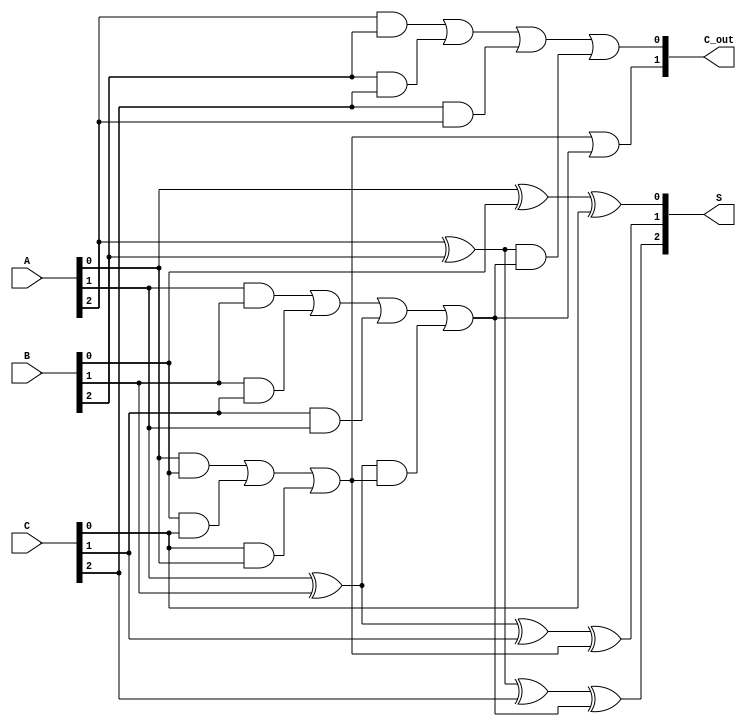
module CarrySaveAdder (
    input  [2:0] A,      // 3-bit input A
    input  [2:0] B,      // 3-bit input B
    input  [2:0] C,      // 3-bit input C
    output [2:0] S,      // 3-bit sum output
    output [1:0] C_out    // 2-bit carry output
);

    wire C1, C2; // Intermediate carry outputs

    // Full Adder for LSB
    assign S[0] = A[0] ^ B[0] ^ C[0]; // Sum for LSB
    assign C1 = (A[0] & B[0]) | (B[0] & C[0]) | (C[0] & A[0]); // Carry for LSB

    // Full Adder for Middle Bit
    assign S[1] = A[1] ^ B[1] ^ C[1] ^ C1; // Sum for Middle Bit
    assign C2 = (A[1] & B[1]) | (B[1] & C[1]) | (C[1] & A[1]) | 
                 ((A[1] ^ B[1]) & C1); // Carry for Middle Bit

    // Full Adder for MSB
    assign S[2] = A[2] ^ B[2] ^ C[2] ^ C2; // Sum for MSB
    assign C_out[0] = (A[2] & B[2]) | (B[2] & C[2]) | (C[2] & A[2]) | 
                      ((A[2] ^ B[2]) & C2); // Carry out for MSB
    assign C_out[1] = C1 | C2; // Final carry out

endmodule